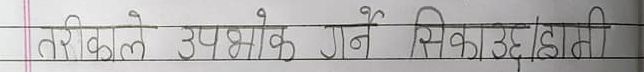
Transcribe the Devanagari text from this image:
तरिकाले उपभोग गर्ने सिकाऊ/हामी